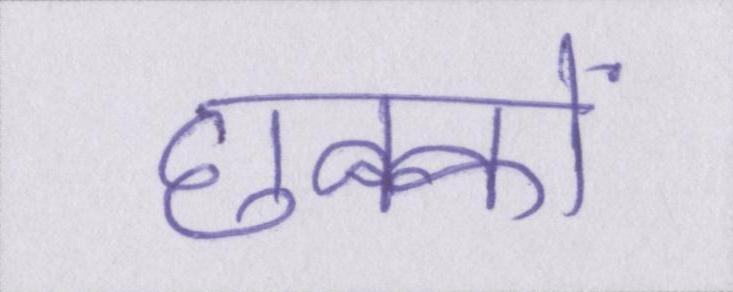
छक्कों